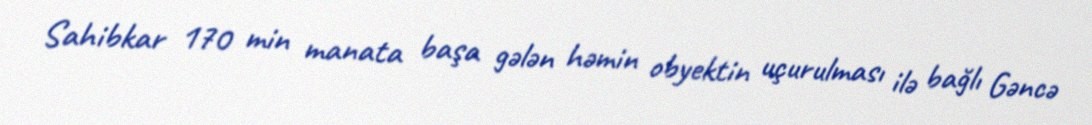
Sahibkar 170 min manata başa gələn həmin obyektin uçurulması ilə bağlı Gəncə